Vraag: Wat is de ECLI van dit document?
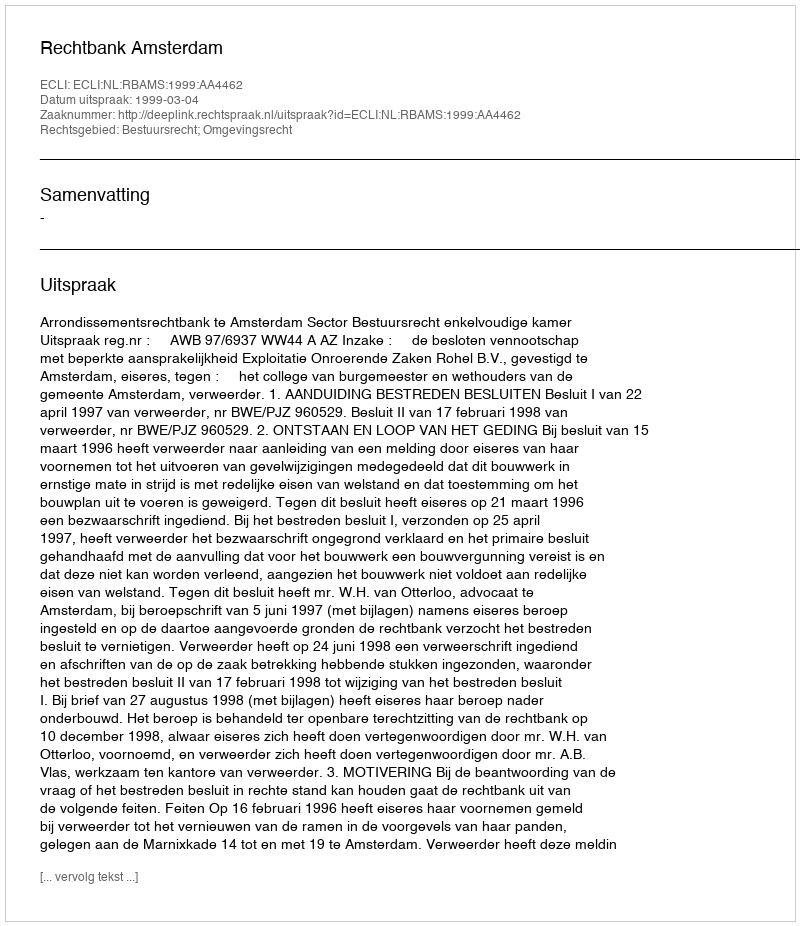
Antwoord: ECLI:NL:RBAMS:1999:AA4462